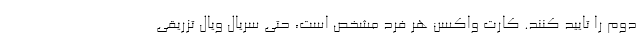
دوم را تایید کنند. کارت واکسن هر فرد مشخص است، حتی سریال ویال تزریقی